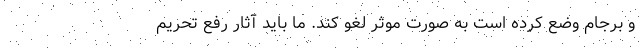
و برجام وضع کرده است به صورت موثر لغو کند. ما باید آثار رفع تحریم